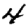
Digit: 4